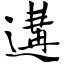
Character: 遘